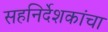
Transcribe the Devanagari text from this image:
सहनिर्देशकांचा